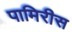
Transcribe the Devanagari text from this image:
पामिरीस